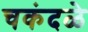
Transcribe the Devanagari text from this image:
चकंदळे